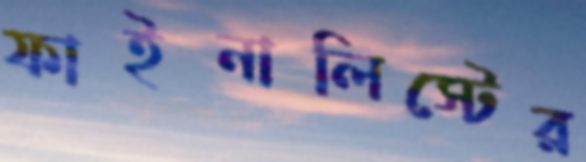
ফাইনালিস্টের